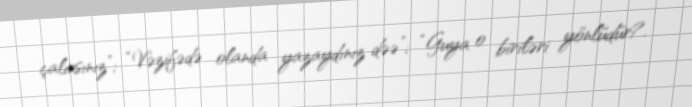
çalırsınız”; “Vəzifədə olanda yazaydınız dəə”; “Guya o biriləri yönlüdür?.